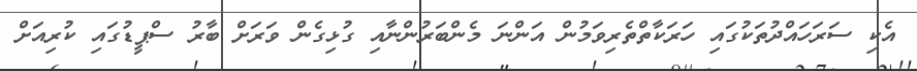
އެކި ސަރަހައްދުތަކުގައި ހަރަކާތްތެރިވަމުން އަންނަ މެންބަރުންނާއި ގުޅިގެން ވަރަށް ބާރު ސްޕީޑުގައި ކުރިއަށް